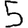
Digit: 5